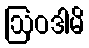
ဩဝဒါမိ